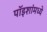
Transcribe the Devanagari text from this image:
पॉइशांमध्ये